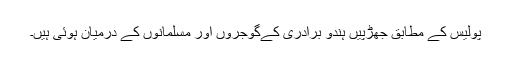
پولیس کے مطابق جھڑپیں ہندو برادری کےگوجروں اور مسلمانوں کے درمیان ہوئی ہیں۔